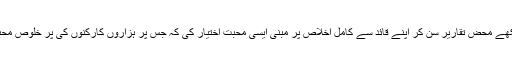
محمد شہباز نے بن دیکھے محض تقاریر سن کر اپنے قائد سے کامل اِخلاص پر مبنی ایسی محبت اختیار کی کہ جس پر ہزاروں کارکنوں کی پر خلوص محبتیں فخر کر سکتی ہیں۔